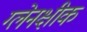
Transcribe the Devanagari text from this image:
ग्लेनक्षीक